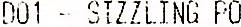
D01 - SIZZLING PO